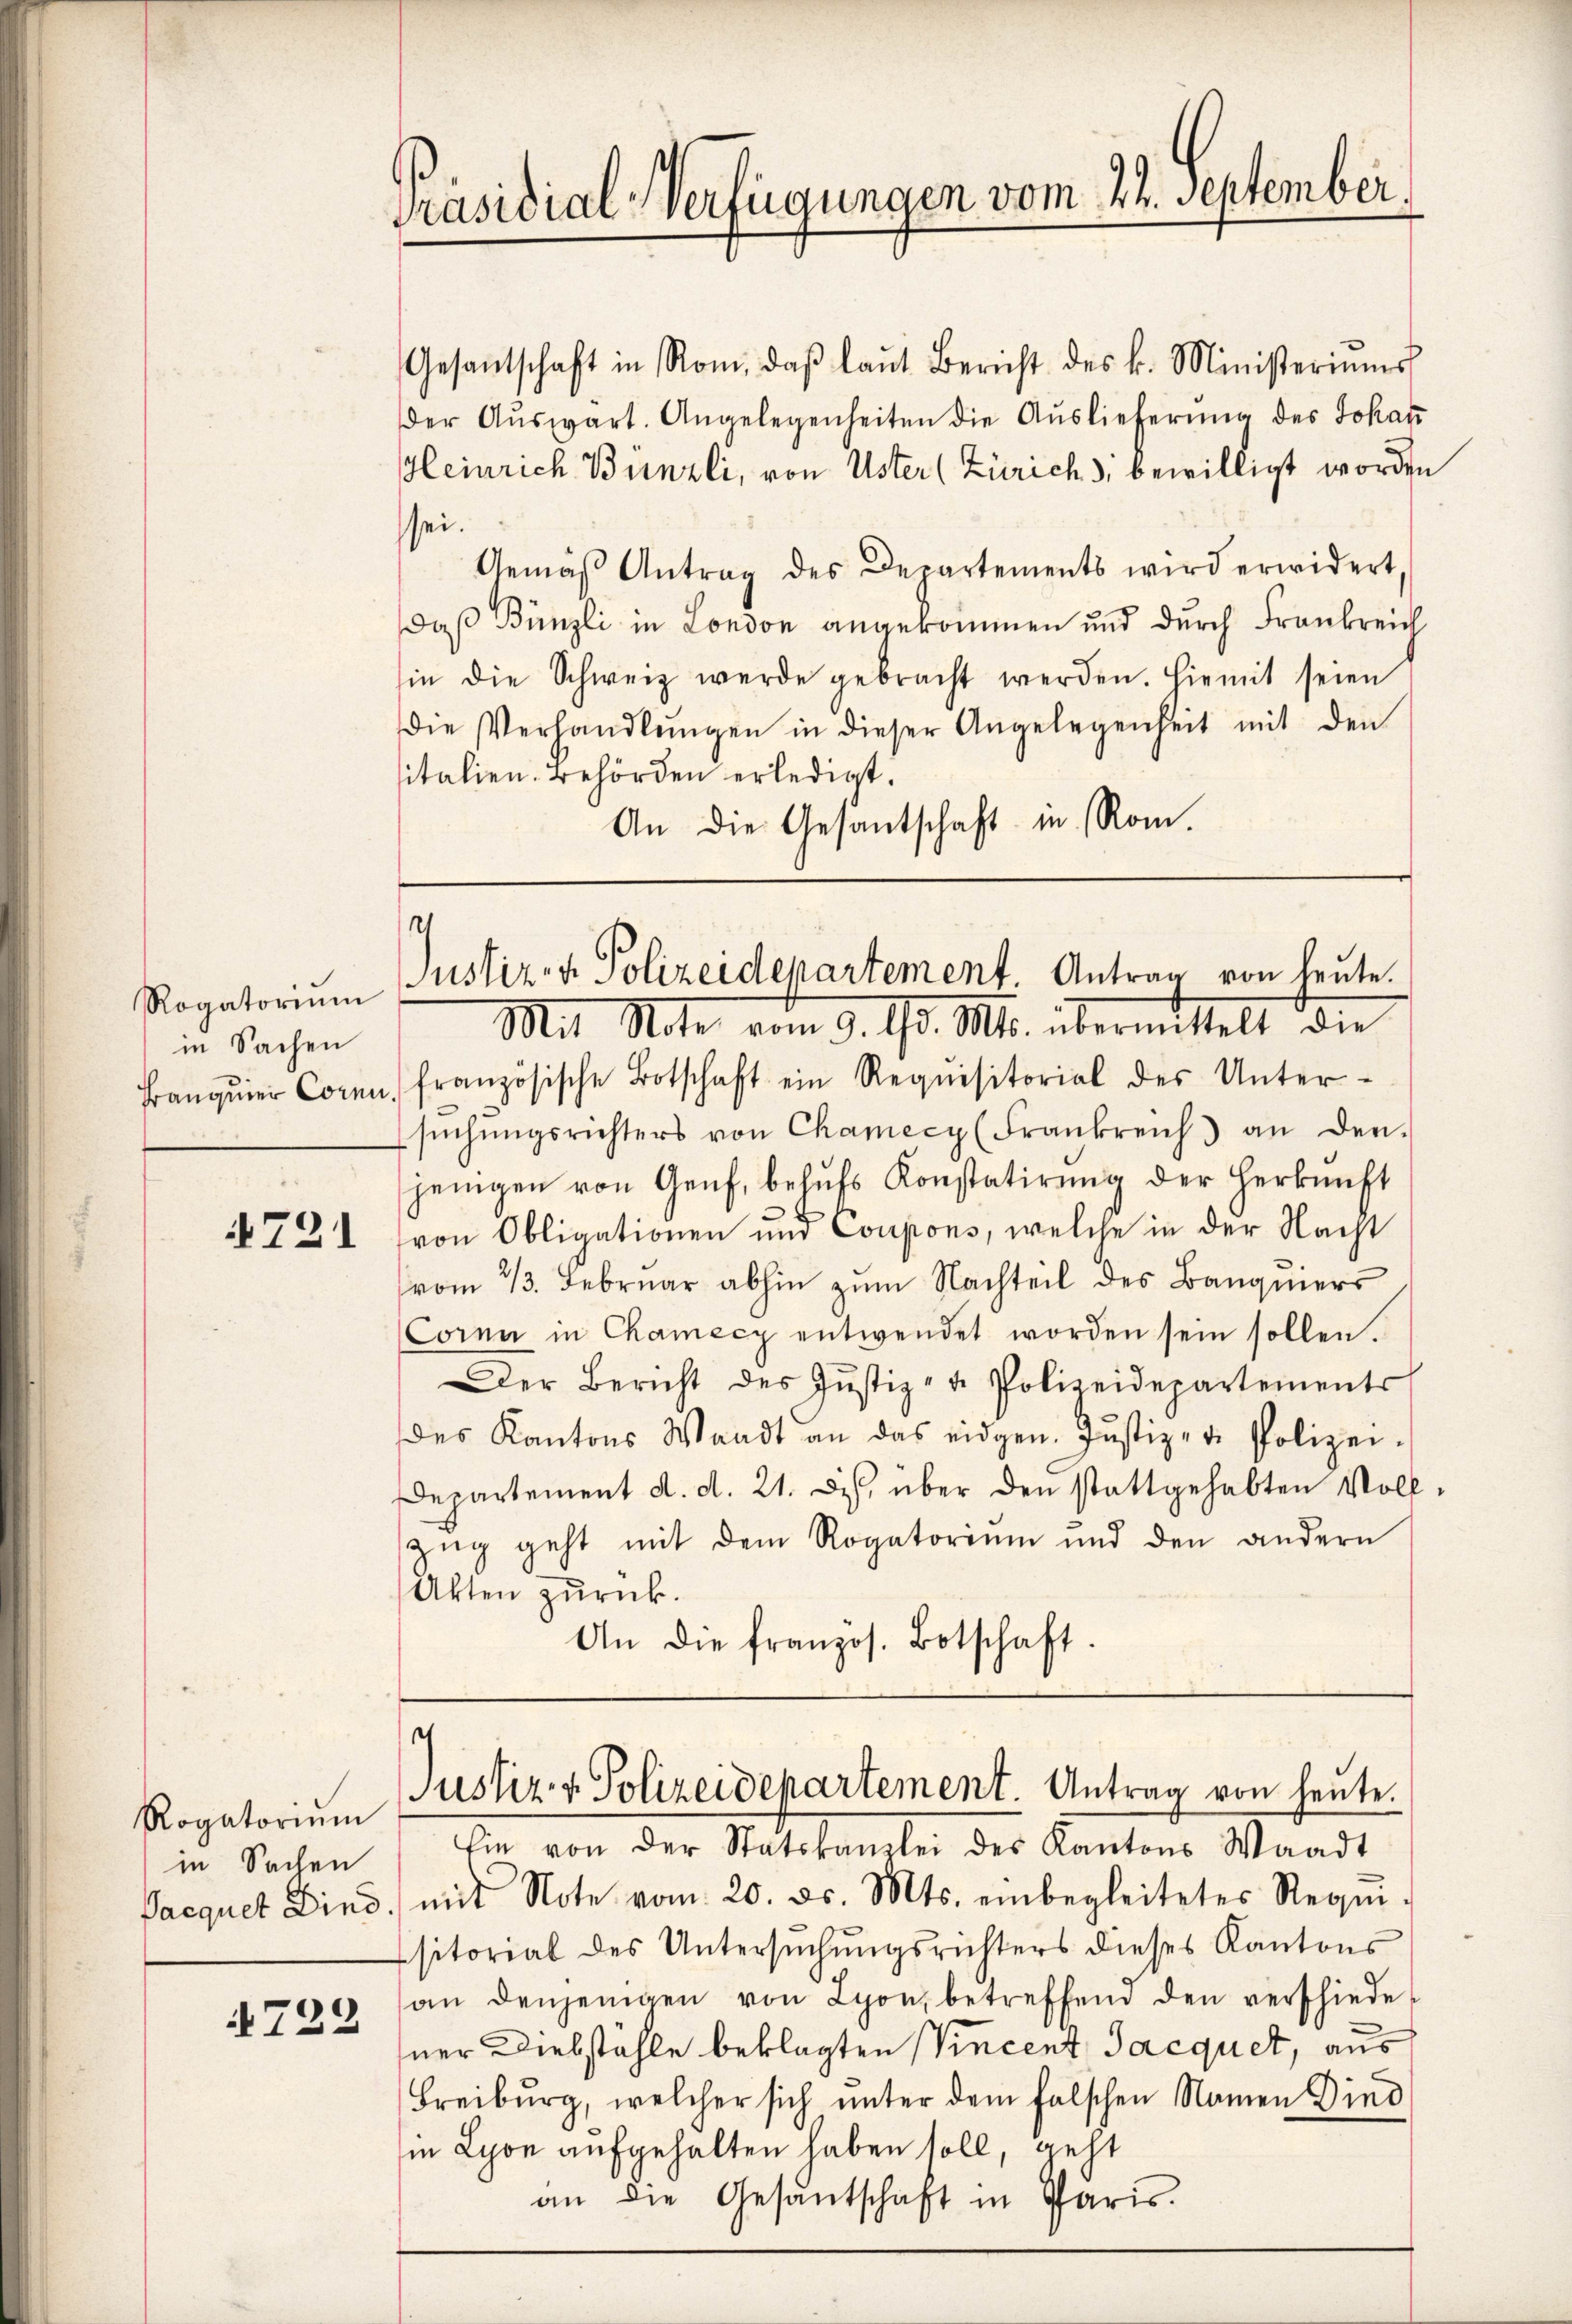
Rogatoriŭm
in Sachen
Banquier Corn.

721

Rogatorium
in Sachen
Pacquet Dind.

722

Präsidial-Verfügungen vom 22. September

Gesantschaft in Rom, daβ laŭt Bericht des k. Ministeriums
der Aŭswart. Angelegenheiten die Auslieferung des Johaṅ
Heinrich Bünzli, von Uster (Zürich), bewilligt worden
sei.
Gemäβ Antrag des Departements wird erwidert.
daß Bünzli in London angekommen und durch Frankreich
in die Schweiz werde gebracht werden. Hiemit seien
die Verhandlŭngen in dieser Angelegenheit mit den
sitalien. Behörden erledigt.
An die Gesantschaft in Rom.

Justizen Polizeidepartement. Antrag von heute.
Mit Note vom 9. d. Mts. übermittelt die

französische Botschaft ein Requisitorial des Unter-
sŭchŭngsrichters von Chamecy (Frankreich an den
jenigen von Genf, behŭfs Konstatirŭng der Herkunft
von Obligationen und Coupons, welche in der Nacht
vom 13. Februar abhin zum Nachteil des Banquiers
Cornn in Chamecy entwendet worden sein sollen.
Der Bericht des Justiz- u. Polizeidepartements
des Kantons Waadt an das eidgen. Justiz- u. Polizei.
Departement d. d. 21. ds. über den stattgehabten Voll-
Zŭg geht mit dem Rogatorium und den andern
Akten zurück.
An die französ. Botschaft.

.
Justiz- & Polizeidepartement. Antrag von heute.

Ein von der Statskanzlei des Kantons Waadt
mit Note vom 20. ds. Mts. einbegleitetes Requi-
sitorial des Untersŭchŭngsrichters dieses Kantons
an denjenigen von Lyon, betreffend den verschiede-
ner Diebstähle beklagten Vincent Jacquet, aus
Freiburg, welcher sich unter dem falschen Namen Ding
in Lyon aufgehalten haben soll, geht
an die Gesantschaft in Paris.